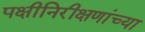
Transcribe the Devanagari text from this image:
पक्षीनिरीक्षणांच्या